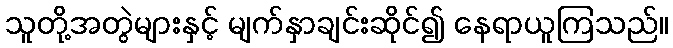
သူတို့အတွဲများနှင့် မျက်နှာချင်းဆိုင်၍ နေရာယူကြသည်။